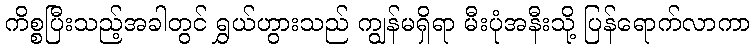
ကိစ္စပြီးသည့်အခါတွင် ရွှယ်ဟွားသည် ကျွန်မရှိရာ မီးပုံအနီးသို့ ပြန်ရောက်လာကာ